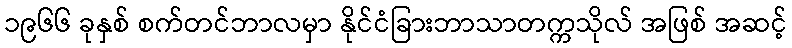
၁၉၆၆ ခုနှစ် စက်တင်ဘာလမှာ နိုင်ငံခြားဘာသာတက္ကသိုလ် အဖြစ် အဆင့်